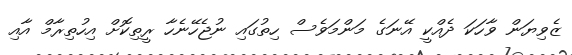
ޒެވިޔަން ވާހަކަ ދެއްކީ އޭނަގެ މަންމަވެސް ހިތުގައި ނުޖެހޭނެހާ ރީތިކޮށް އިހުތިރާމް އާއި